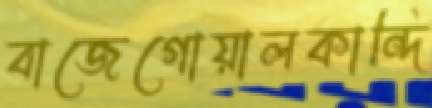
বাজেগোয়ালকান্দি